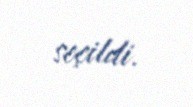
seçildi.